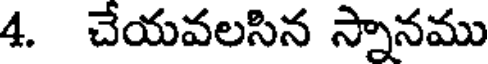
4. చేయవలసిన స్నానము